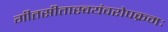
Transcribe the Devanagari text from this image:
गीतसीतास्वयंवरोपक्रमः